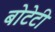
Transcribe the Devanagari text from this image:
बोटेटी